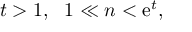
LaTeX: t > 1 , \ \ 1 \ll n < \mathrm { e } ^ { t } ,